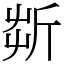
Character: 㪿